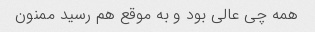
همه چی عالی بود و به موقع هم رسید ممنون